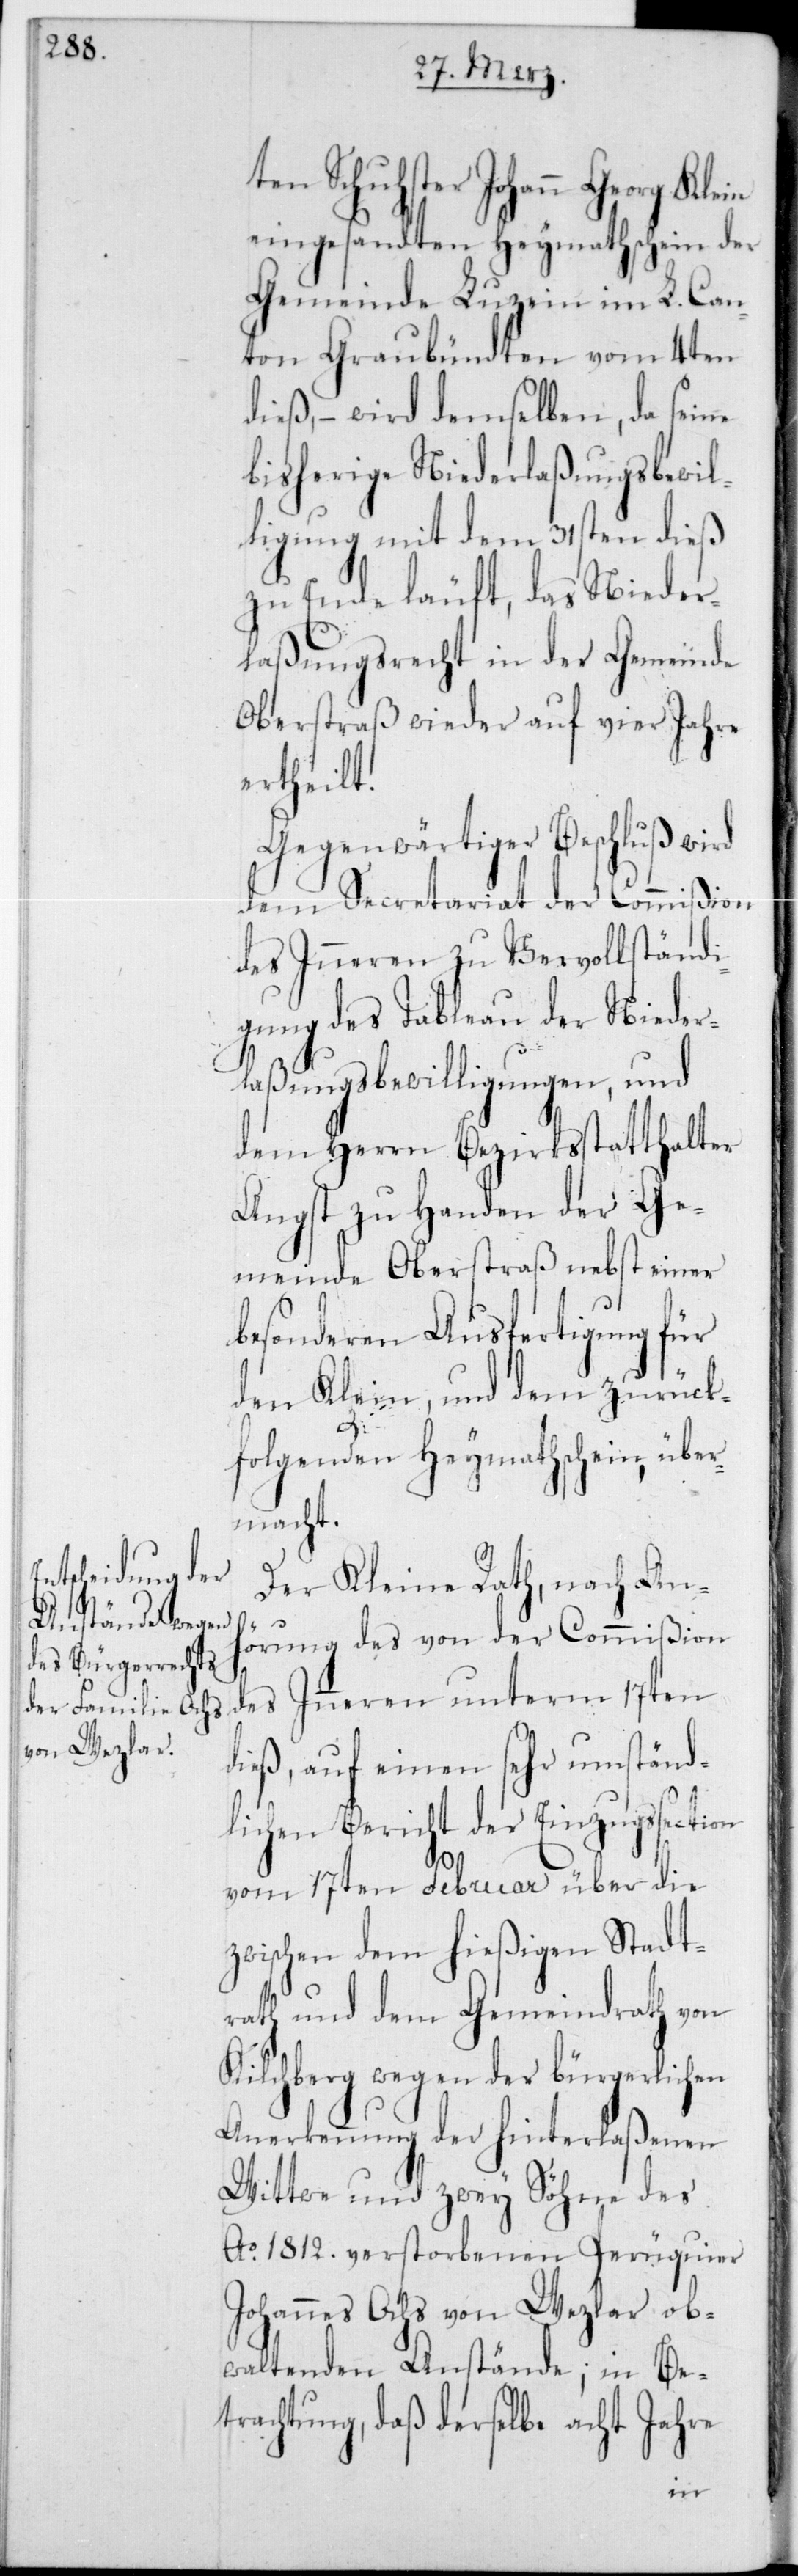
ten Schuhster Johann Georg
eingesandten Heymathschein der
Gemeinde Luzein im L. Can¬
ton Graubündten vom 4ten
dieß, – wird demselben, da seine
bisherige Niederlaßungsbewil¬
ligung mit dem 31sten dieß
zu Ende läuft, das Nieder¬
laßungsrecht in der Gemeinde
Oberstraß wieder auf vier Jahre
ertheilt.
Gegenwärtiger Beschluß wird
dem Secretariat der Commißion
des Innern zu Vervollständi¬
gung des Tableau der Nieder¬
laßungsbewilligungen, und
dem Herrn Bezirksstatthalter
Angst zu Handen der Ge¬
meinde Oberstraß nebst einer
besonderen Ausfertigung für
den Klein, und dem zurück¬
folgenden Heymathschein, über¬
macht.
Der Kleine Rath, nach An¬
hörung des von der Commißion
des Innern unterm 17ten
dieß, auf einen sehr umständ¬
lichen Bericht der Einzugssection
vom 17ten Februar über die
zwischen dem hießigen Stadt¬
rath und dem Gemeindrath von
Kilchberg wegen der bürgerlichen
Anerkennung der hinterlaßenen
Wittwe und zwey Söhne des
Ao 1812 verstorbenen Perüquier
Johannes Ochs von Wezlar ob¬
waltenden Anstände, in Be¬
trachtung, daß derselbe acht Jahre